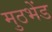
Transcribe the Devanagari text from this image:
मुठभेंड